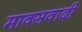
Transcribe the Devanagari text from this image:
माक्सवादी